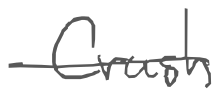
Text: Crush
Cross-out: single-line
Writing tool: digital_gray